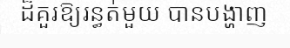
ដ៏គួរឱ្យរន្ធត់មួយ បានបង្ហាញ